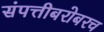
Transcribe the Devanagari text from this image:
संपत्तीबरोबरच